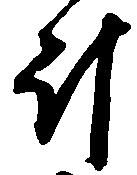
斗